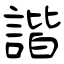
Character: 諧